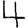
Digit: 4